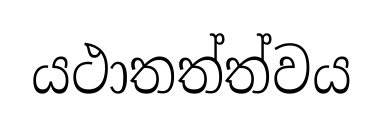
යථාතත්ත්වය